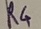
Text: R4